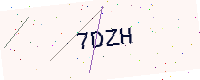
Text: 7DZH